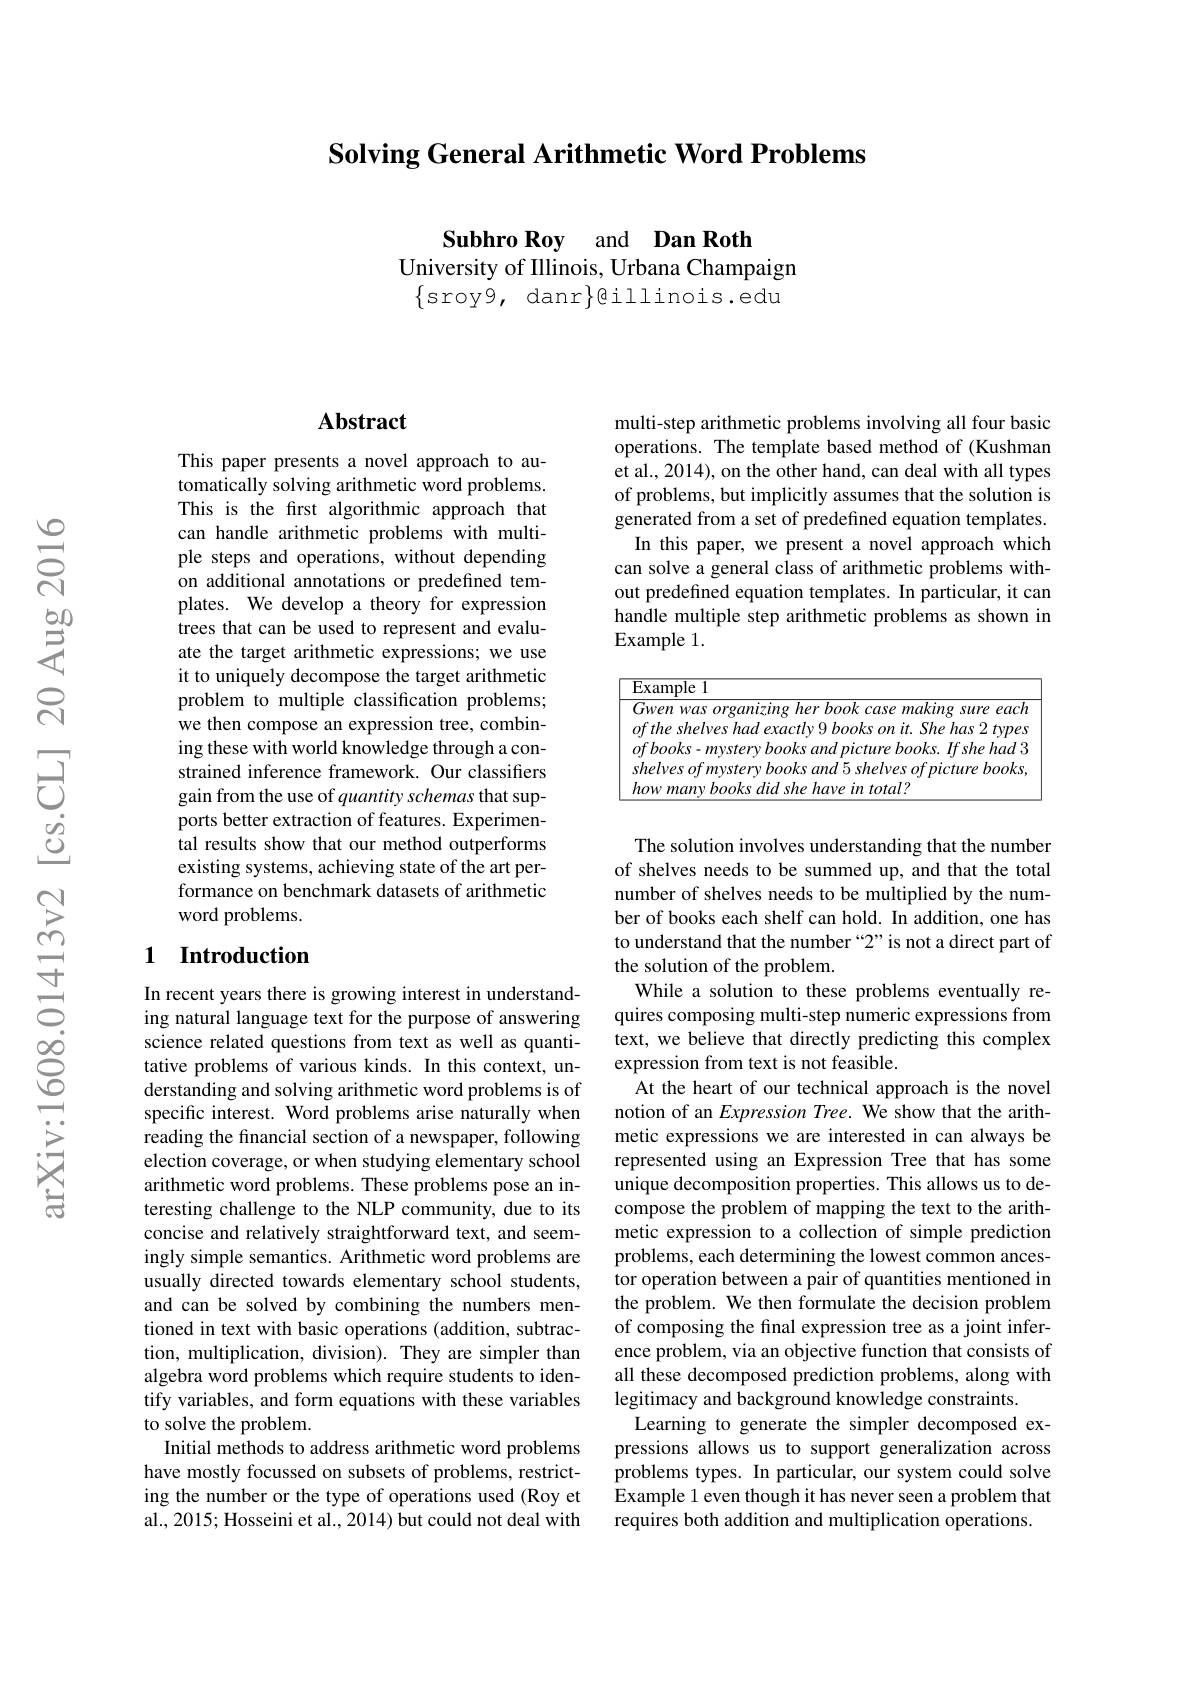
## Solving General Arithmetic Word Problems

Subhro Roy and Dan Roth
University of Illinois, Urbana Champaign
$\{\operatorname{sroy}9,\operatorname{danr}\}$eillinois.edu

## $\mathbf{Abstract}$

This paper presents a novel approach to automatically solving arithmetic word problems. This is the frst algorithmic approach that can handle arithmetic problems with multiple steps and operations, without depending on additional annotations or predefined templates. We develop a theory for expression trees that can be used to represent and evaluate the target arithmetic expressions; we use it to uniquely decompose the target arithmetic problem to multiple classification problems; we then compose an expression tree, combining these with world knowledge through a constrained inference framework. Our classifiers gain from the use of quantity schemas that supports better extraction of features. Experimental results show that our method outperforms existing systems, achieving state of the art performance on benchmark datasets of arithmetic word problems.

## 1 Introduction

In recent years there is growing interest in understanding natural language text for the purpose of answering science related questions from text as well as quantitative problems of various kinds. In this context, understanding and solving arithmetic word problems is of specific interest. Word problems arise naturally when reading the financial section of a newspaper, following election coverage, or when studying elementary school arithmetic word problems. These problems pose an interesting challenge to the NLP community, due to its concise and relatively straightforward text, and seemingly simple semantics. Arithmetic word problems are usually directed towards elementary school students, and can be solved by combining the numbers mentioned in text with basic operations (addition, subtraction, multiplication, division). They are simpler than algebra word problems which require students to identify variables, and form equations with these variables to solve the problem.
Initial methods to address arithmetic word problems have mostly focussed on subsets of problems, restricting the number or the type of operations used (Roy et al., 2015; Hosseini et al., 2014) but could not deal with

multi-step arithmetic problems involving all four basic operations. The template based method of (Kushman et al., 2014), on the other hand, can deal with all types of problems, but implicitly assumes that the solution is generated from a set of predefined equation templates. In this paper, we present a novel approach which can solve a general class of arithmetic problems without predefined equation templates. In particular, it can handle multiple step arithmetic problems as shown in Example 1.

<table>
	<tbody>
		<tr>
			<td> </td>
			<td>$\overline{\mathrm{nple~}1}$</td>
		</tr>
		<tr>
			<td> </td>
			<td>$TT$ 2m</td>
		</tr>
		<tr>
			<td> </td>
			<td> </td>
		</tr>
		<tr>
			<td> </td>
			<td> </td>
		</tr>
		<tr>
			<td> </td>
			<td> </td>
		</tr>
		<tr>
			<td> </td>
			<td>manv totali</td>
		</tr>
	</tbody>
</table>

The solution involves understanding that the number of shelves needs to be summed up, and that the total number of shelves needs to be multiplied by the number of books each shelf can hold. In addition, one has to understand that the number “2”is not a direct part of the solution of the problem.
While a solution to these problems eventually requires composing multi-step numeric expressions from text, we believe that directly predicting this complex expression from text is not feasible.
At the heart of our technical approach is the novel notion of an Expression Tree. We show that the arithmetic expressions we are interested in can always be represented using an Expression Tree that has some unique decomposition properties. This allows us to decompose the problem of mapping the text to the arithmetic expression to a collection of simple prediction problems, each determining the lowest common ancestor operation between a pair of quantities mentioned in the problem. We then formulate the decision problem of composing the final expression tree as a joint inference problem, via an objective function that consists of all these decomposed prediction problems, along with legitimacy and background knowledge constraints.
Learning to generate the simpler decomposed expressions allows us to support generalization across problems types. In particular, our system could solve Example 1 even though it has never seen a problem that requires both addition and multiplication operations.